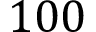
1 0 0